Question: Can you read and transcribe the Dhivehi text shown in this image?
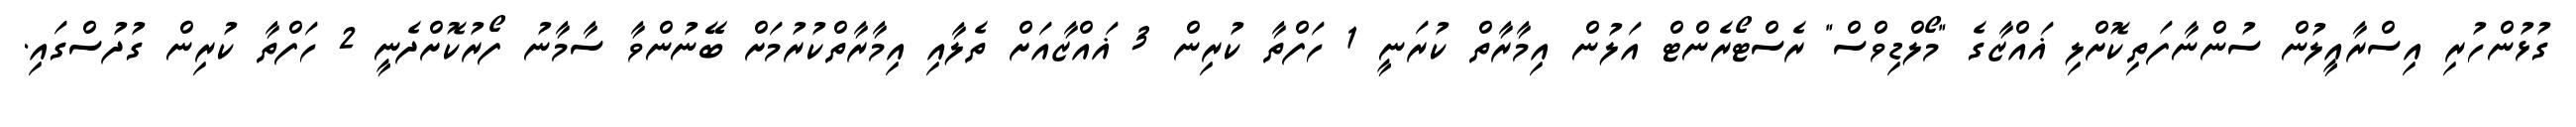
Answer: ގުޅުންހުރި އިސްރާއީލުން ސުންނާފަތިކޮށްލި ޣައްޒާގެ "މޯލްޑިވްސް" ރެސްޓޯރެންޓް އަލުން އިމާރާތް ކުރަނީ 1 ހަފްތާ ކުރިން 3 ޣައްޒާއަށް ތެލާއި އިމާރާތްކުރުމަށް ބޭނުންވާ ސާމާނު ފޯރުކޮށްދެނީ 2 ހަފްތާ ކުރިން ގުދުސްގައި.